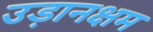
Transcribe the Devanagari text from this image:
उड़ानक्षम